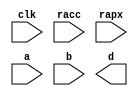
module conf_int_mul__noFF__arch_agnos ( clk, racc, rapx, a, b, d);
   parameter OP_BITWIDTH = 16; 
   parameter DATA_PATH_BITWIDTH = 24;
   
   input clk;
   input racc;
   input rapx;
   input [DATA_PATH_BITWIDTH -1: 0] a;
   input [DATA_PATH_BITWIDTH -1 - 11: 0] b;
   //output [(DATA_PATH_BITWIDTH + DATA_PATH_BITWIDTH ) - 1 - 11 : 0] d;
   output [(DATA_PATH_BITWIDTH - 8+ DATA_PATH_BITWIDTH - 8) - 1 - 11 : 0] d;
   assign d = $signed(a[25:8]) * $signed(b[14:8]);
endmodule

// *** F:DN multiplier wrapper
//module conf_int_mul__noFF__arch_agnos__w_wrapper( clk, racc, rapx, A_in_to_wrapper, B_in_to_wrapper, d, state, rstP, P, count0);

module conf_int_mul__noFF__arch_agnos__w_wrapper (A_in_to_wrapper, B_in_to_wrapper, state_in_to_wrapper, rstP, clk, racc,rapx, P, count0, state_out_of_wrapper, d_internal__acc, acc__sel, A_out, B_out);
   parameter OP_BITWIDTH = 16; //operator bit width
   parameter DATA_PATH_BITWIDTH = 24; //flip flop Bit width
   
   input [DATA_PATH_BITWIDTH -1: 0] A_in_to_wrapper;
   input [DATA_PATH_BITWIDTH -1 - 11: 0] B_in_to_wrapper;
   input [8:0] count0;
   input [2:0] state_in_to_wrapper;      
   output [2:0] state_out_of_wrapper;      
   input acc__sel;
   input [(DATA_PATH_BITWIDTH + DATA_PATH_BITWIDTH) - 1 -11:0] d_internal__acc;
   input rstP; 
   input clk;
   input racc; //accurate bits reset  
   input rapx; //apx bits reset
   output [31:0] P; 
   output [DATA_PATH_BITWIDTH -1: 0] A_out;
   output [DATA_PATH_BITWIDTH -1 - 11: 0] B_out;

   
   
   wire [DATA_PATH_BITWIDTH -1: 0] A_in;
   wire [DATA_PATH_BITWIDTH -1 -11: 0] B_in;
   //wire [2*(DATA_PATH_BITWIDTH) - 1 : 0] d_;
   wire [(DATA_PATH_BITWIDTH -8 + DATA_PATH_BITWIDTH - 8) - 1 -11: 0] d_internal__apx;
   //wire [(DATA_PATH_BITWIDTH + DATA_PATH_BITWIDTH) - 1 -11: 0] d_internal__acc;
   wire [(DATA_PATH_BITWIDTH + DATA_PATH_BITWIDTH) - 1 -11: 0] d_internal;
   wire [DATA_PATH_BITWIDTH -1 : 0] A_in_to_multiply;
   wire [DATA_PATH_BITWIDTH -1 - 11 : 0] B_in_to_multiply;
   //.................................................... 
   reg [DATA_PATH_BITWIDTH -1 : 0] a_reg;
   reg [DATA_PATH_BITWIDTH -1 -11: 0] b_reg;
   reg [31: 0] P_tmp;
   reg [31: 0] c_reg;  
   reg [2:0] state;      
   // *** F:DN combination logic 
   assign A_in = a_reg;
   assign B_in = b_reg;
  
//   assign A_in_to_multiply =  (state == 3'b010) ? (A_in << 8): {A_in[DATA_PATH_BITWIDTH: `OP_BITWIDTH], {(`OP_BITWIDTH){1'b0}}};
//   assign B_in_to_multiply =  (state == 3'b010) ? {B_in[DATA_PATH_BITWIDTH:`OP_BITWIDTH], {(`OP_BITWIDTH){1'b0}}} : {B_in[DATA_PATH_BITWIDTH:`OP_BITWIDTH], {(`OP_BITWIDTH){1'b0}}};
  
   //assign A_in_to_multiply =  (state == 3'b010) ? (A_in << 8): A_in;
   assign A_in_to_multiply =  A_in;
   assign B_in_to_multiply =  B_in;
   assign P = c_reg;
   assign A_out = A_in_to_multiply;
   assign B_out = B_in_to_multiply;
   
   //assign d_internal = (state == 3'b010) ? (d_internal>>8) : d_internal;
 
   // synopsys dc_script_begin
   //set_dont_touch d_internal__apx
   //set_dont_touch d_internal__acc
   //set_dont_touch d_internal
   // synopsys dc_script_end
   //assign d_internal = d_internal;

   conf_int_mul__noFF__arch_agnos #(OP_BITWIDTH, DATA_PATH_BITWIDTH) mul__inst(.clk(clk), .racc(racc), .rapx(rapx), .a(A_in_to_multiply), .b(B_in_to_multiply), .d(d_internal__apx));

   assign d_internal [(DATA_PATH_BITWIDTH + DATA_PATH_BITWIDTH) - 1 - 11 : 16] = acc__sel ? d_internal__acc[(DATA_PATH_BITWIDTH + DATA_PATH_BITWIDTH) - 1 - 11: 16] : d_internal__apx;
   assign  d_internal[15: 0] = acc__sel ? d_internal__acc[15: 0]:{(16){1'b0}};



   //multiply mul(A_in_to_multiply, B_in_to_multiply, d_internal);

   assign state_out_of_wrapper = state;
   // *** F:DN sequential logic
   always@(posedge clk or posedge racc)
   begin 
       if (racc == 1'b1)begin
           state <= 0;
       end
       else begin
          state <= state_in_to_wrapper; 
       end
   end
   
   always@(posedge clk or posedge racc)
   begin
       if (racc == 1'b1)begin
//           a_reg[DATA_PATH_BITWIDTH -1: DATA_PATH_BITWIDTH - OP_BITWIDTH] <= 0;
//           b_reg[DATA_PATH_BITWIDTH -1: DATA_PATH_BITWIDTH - OP_BITWIDTH] <= 0;
           a_reg <= 0;
           b_reg <= 0;
       end
       else begin 
           //** lower chunk 
           if ((state == 3'b001 && count0 == 9'd63) || (state == 3'b010)) begin
               if (rapx == 1'b1 && ~(racc)) begin  
                   //A[DATA_PATH_BITWIDTH:a1_cut] <= A_in_to_wrapper; //commented out since a1_cut is set to be zero all the time
                   a_reg[DATA_PATH_BITWIDTH - 1 :0] <= ({A_in_to_wrapper[DATA_PATH_BITWIDTH - 1 -8:0], 8'b0});
                   b_reg[DATA_PATH_BITWIDTH -1 - 11: DATA_PATH_BITWIDTH - OP_BITWIDTH] <= B_in_to_wrapper[DATA_PATH_BITWIDTH -1 -11: DATA_PATH_BITWIDTH - OP_BITWIDTH  -1];
                   //b_reg[DATA_PATH_BITWIDTH - OP_BITWIDTH -1 :0] <= B_in_to_wrapper[DATA_PATH_BITWIDTH - OP_BITWIDTH -1 :0];
                   b_reg[DATA_PATH_BITWIDTH - OP_BITWIDTH -1 :0] <= 0;
               end
               else begin
                   //A[h:a1_cut] <= A_in_to_wrapper; //commented out since a1_cut is always set to zero
                   a_reg[DATA_PATH_BITWIDTH -1 :0] <= {A_in_to_wrapper[DATA_PATH_BITWIDTH - 1 - 8:0], 8'b0};
                   b_reg[DATA_PATH_BITWIDTH -1 -11 :0] <= {B_in_to_wrapper[DATA_PATH_BITWIDTH -1 -11:0], 1'b0};
               end       
           end
           else if ((state == 3'b011) || (state == 3'b100))begin
               if (rapx == 1'b1 && ~(racc))begin  
                   a_reg[DATA_PATH_BITWIDTH -1: DATA_PATH_BITWIDTH - OP_BITWIDTH] <= A_in_to_wrapper[DATA_PATH_BITWIDTH -1 : DATA_PATH_BITWIDTH - OP_BITWIDTH];
                   a_reg[DATA_PATH_BITWIDTH - OP_BITWIDTH -1 :0] <=  0;// {(OP_BITWIDTH){1'b0}};
                   b_reg[DATA_PATH_BITWIDTH -1 - 11: DATA_PATH_BITWIDTH - OP_BITWIDTH] <= B_in_to_wrapper[DATA_PATH_BITWIDTH -1 -11 : DATA_PATH_BITWIDTH - OP_BITWIDTH];
                   b_reg[DATA_PATH_BITWIDTH - OP_BITWIDTH -1 :0] <= 0;//{(OP_BITWIDTH){1'b0}};
               end
               else begin
                   a_reg[DATA_PATH_BITWIDTH - 1 :0] <=  A_in_to_wrapper[DATA_PATH_BITWIDTH - 1: 0];
                   b_reg[DATA_PATH_BITWIDTH - 1 -11:0] <= B_in_to_wrapper[DATA_PATH_BITWIDTH - 1 -11:0];
               end
           end
       end
   end
  /*
  always@(posedge clk)
  begin
       if (racc == 1'b1)begin
           a_reg [DATA_PATH_BITWIDTH - OP_BITWIDTH -1 :0]<= 0;
           b_reg [DATA_PATH_BITWIDTH - OP_BITWIDTH -1 :0]<= 0;
       end
       else  if ((state == 3'b001 && count0 == 9'd63))
          begin
          if (rapx == 1'b1 && ~(racc))begin  
              //A[DATA_PATH_BITWIDTH:a1_cut] <= A_in_to_wrapper; //commented out since a1_cut is set to be zero all the time
              a_reg[DATA_PATH_BITWIDTH - OP_BITWIDTH -1 + 8 :0] <= ({A_in_to_wrapper[DATA_PATH_BITWIDTH - OP_BITWIDTH -1 :0], 8'b0});
              b_reg[DATA_PATH_BITWIDTH - OP_BITWIDTH -1 :0] <= 0;//{(OP_BITWIDTH){1'b0}};
          end
          else begin
              //A[h:a1_cut] <= A_in_to_wrapper; //commented out since a1_cut is always set to zero
              a_reg[DATA_PATH_BITWIDTH - OP_BITWIDTH -1 + 8 :0] <= {A_in_to_wrapper[DATA_PATH_BITWIDTH - OP_BITWIDTH -1 :0], 8'b0};
              b_reg[DATA_PATH_BITWIDTH - OP_BITWIDTH -1 :0] <= B_in_to_wrapper[DATA_PATH_BITWIDTH - OP_BITWIDTH -1 :0];
          end       
      end
      else if (state == 3'b010) begin
          if (state_in_to_wrapper != 3'b011) begin 
              if (rapx == 1'b1 && ~(racc))begin  
                  //A[DATA_PATH_BITWIDTH:a1_cut] <= A_in_to_wrapper; //commented out since a1_cut is set to be zero all the time
                  a_reg[DATA_PATH_BITWIDTH - OP_BITWIDTH -1 + 8 :0] <= ({A_in_to_wrapper[DATA_PATH_BITWIDTH - OP_BITWIDTH -1 :0],  8'b0});
                  b_reg[DATA_PATH_BITWIDTH - OP_BITWIDTH -1 :0] <= 0;//{(OP_BITWIDTH){1'b0}};
              end
              else begin
                  //A[h:a1_cut] <= A_in_to_wrapper; //commented out since a1_cut is always set to zero
                  a_reg[DATA_PATH_BITWIDTH - OP_BITWIDTH -1 + 8 :0] <= {A_in_to_wrapper[DATA_PATH_BITWIDTH - OP_BITWIDTH -1 :0], 8'b0};
                  b_reg[DATA_PATH_BITWIDTH - OP_BITWIDTH -1 :0] <= B_in_to_wrapper[DATA_PATH_BITWIDTH - OP_BITWIDTH -1 :0];
              end
          end
          else begin 
              if (rapx == 1'b1 && ~(racc))begin  
                  //A[DATA_PATH_BITWIDTH:a1_cut] <= A_in_to_wrapper; //commented out since a1_cut is set to be zero all the time
                  a_reg[DATA_PATH_BITWIDTH - OP_BITWIDTH -1  :0] <= A_in_to_wrapper[DATA_PATH_BITWIDTH - OP_BITWIDTH -1 :0];
                  b_reg[DATA_PATH_BITWIDTH - OP_BITWIDTH -1 :0] <= 0;//{(OP_BITWIDTH){1'b0}};
              end
              else begin
                  //A[h:a1_cut] <= A_in_to_wrapper; //commented out since a1_cut is always set to zero
                  a_reg[DATA_PATH_BITWIDTH - OP_BITWIDTH -1 :0] <= A_in_to_wrapper[DATA_PATH_BITWIDTH - OP_BITWIDTH -1 :0];
                  b_reg[DATA_PATH_BITWIDTH - OP_BITWIDTH -1 :0] <= B_in_to_wrapper[DATA_PATH_BITWIDTH - OP_BITWIDTH -1 :0];
              end
          end
      end
      else if ((state == 3'b011) ||
          (state == 3'b100))begin
          if (rapx == 1'b1 && ~(racc))begin  
              a_reg[DATA_PATH_BITWIDTH - OP_BITWIDTH -1 :0] <=  0;// {(OP_BITWIDTH){1'b0}};
              b_reg[DATA_PATH_BITWIDTH - OP_BITWIDTH -1 :0] <= 0;//{(OP_BITWIDTH){1'b0}};
          end
          else begin
              a_reg[DATA_PATH_BITWIDTH - OP_BITWIDTH -1 :0] <=  A_in_to_wrapper[DATA_PATH_BITWIDTH - OP_BITWIDTH - 1: 0];
              b_reg[DATA_PATH_BITWIDTH - OP_BITWIDTH - 1 :0] <= B_in_to_wrapper[DATA_PATH_BITWIDTH - OP_BITWIDTH -1 :0];

          end
      end
  end
*/
   always@(posedge clk)
   begin
       if (rstP == 1'b1) begin
           c_reg <= 32'b0;
       end
       else if (state ==  3'b010)begin
           //P_tmp[31:0] = ({{3{d_internal[31+8]}}, d_internal[31+8:3+8]});
           //P_tmp[31:0] = d_internal[31+8:8];
           
           P_tmp[31:0] = {d_internal[25+8+1:8+1], 6'b0}; //14 bit
           //P_tmp[31:0] = {d_internal[24+8:8], 7'b0}; //13 bit, 26 or 24 bit mul
           //P_tmp[31:0] = {d_internal[23+8:8], 8'b0}; //11 bit, 26 or 24 bit mul
           //P_tmp[31:0] = {d_internal[22+8:8], 9'b0}; //11 bit, 26 or 24 bit mul
           //P_tmp[31:0] = {d_internal[21+8:8], 10'b0}; //10 bit, 26 or 24 bit mul
           
           c_reg <= P_tmp;
       end
       else begin
           //c_reg[31:0] <= d_internal[39:8];
           
           c_reg[31:0] <= d_internal[39:8];  //14 bit, 26 bit mul
           //c_reg[31:0] <= d_internal[37:6];  //13 bit, 26 bit mul 
           //c_reg[31:0] <= d_internal[35:4];  //11 bit, 26 bit mul
           //c_reg[31:0] <= d_internal[33:2];  //11 bit, 26 bit mul
           //c_reg[31:0] <= d_internal[31:0];  //10 bit, 26 bit mul
           
           //c_reg[31:0] <= d_internal[37:6];  //14 bit
           
           
           //c_reg[31:0] <= d_internal[39:8];  //16 bit
           //c_reg[31:0] <= {{3{d_internal[39]}}, d_internal[39:11]};
       end
   end

endmodule